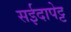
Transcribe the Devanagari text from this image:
सईदापेट्ट